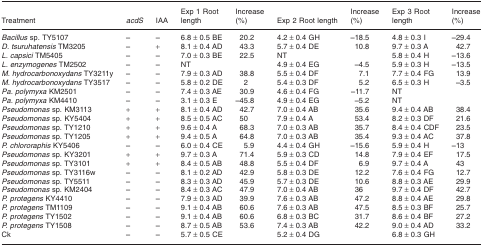
<table><thead><tr><td><b>Treatment</b></td><td><b><i>acdS</i></b></td><td><b>IAA</b></td><td><b>Exp 1 Root length</b></td><td><b>Increase (%)</b></td><td><b>Exp 2 Root length</b></td><td><b>Increase (%)</b></td><td><b>Exp 3 Root length</b></td><td><b>Increase (%)</b></td></tr></thead><tbody><tr><td><i>Bacillus</i> sp. TY5107</td><td><b>−</b></td><td><b>−</b></td><td>6.8 ± 0.5 BE</td><td>20.2</td><td>4.2 ± 0.4 GH</td><td><b>−</b>18.5</td><td>4.8 ± 0.3 I</td><td><b>−</b>29.4</td></tr><tr><td><i>D. tsuruhatensis</i> TM3205</td><td><b>−</b></td><td>+</td><td>8.1 ± 0.4 AD</td><td>43.3</td><td>5.7 ± 0.4 DE</td><td>10.8</td><td>9.7 ± 0.3 A</td><td>42.7</td></tr><tr><td><i>L. capsici</i> TM5405</td><td><b>−</b></td><td><b>−</b></td><td>7.0 ± 0.3 BE</td><td>22.5</td><td>NT</td><td></td><td>5.8 ± 0.4 H</td><td><b>−</b>13.6</td></tr><tr><td><i>L. enzymogenes</i> TM2502</td><td><b>−</b></td><td><b>−</b></td><td>NT</td><td></td><td>4.9 ± 0.4 EG</td><td><b>−</b>4.5</td><td>5.9 ± 0.3 H</td><td><b>−</b>13.5</td></tr><tr><td><i>M. hydrocarbonoxydans</i> TY3211y</td><td><b>−</b></td><td><b>−</b></td><td>7.9 ± 0.3 AD</td><td>38.8</td><td>5.5 ± 0.4 DF</td><td>7.1</td><td>7.7 ± 0.4 FG</td><td>13.9</td></tr><tr><td><i>M. hydrocarbonoxydans</i> TY3517</td><td><b>−</b></td><td><b>−</b></td><td>5.8 ± 0.2 DE</td><td>2</td><td>5.4 ± 0.3 DF</td><td>5.2</td><td>6.5 ± 0.3 H</td><td><b>−</b>3.5</td></tr><tr><td><i>Pa. polymyxa</i> KM2501</td><td><b>−</b></td><td><b>−</b></td><td>7.4 ± 0.3 AE</td><td>30.9</td><td>4.6 ± 0.4 FG</td><td><b>−</b>11.7</td><td>NT</td><td></td></tr><tr><td><i>Pa. polymyxa</i> KM4410</td><td><b>−</b></td><td><b>−</b></td><td>3.1 ± 0.3 E</td><td><b>−</b>45.8</td><td>4.9 ± 0.4 EG</td><td><b>−</b>5.2</td><td>NT</td><td></td></tr><tr><td><i>Pseudomonas</i> sp. KM3113</td><td>+</td><td>+</td><td>8.1 ± 0.4 AD</td><td>42.7</td><td>7.0 ± 0.4 AB</td><td>35.6</td><td>9.4 ± 0.4 AB</td><td>38.4</td></tr><tr><td><i>Pseudomonas</i> sp. KY5404</td><td>+</td><td>+</td><td>8.5 ± 0.5 AC</td><td>50</td><td>7.9 ± 0.4 A</td><td>53.4</td><td>8.2 ± 0.3 DF</td><td>21.6</td></tr><tr><td><i>Pseudomonas</i> sp. TY1210</td><td>+</td><td>+</td><td>9.6 ± 0.4 A</td><td>68.3</td><td>7.0 ± 0.3 AB</td><td>35.7</td><td>8.4 ± 0.4 CDF</td><td>23.5</td></tr><tr><td><i>Pseudomonas</i> sp. TY1205</td><td>+</td><td>+</td><td>9.4 ± 0.5 A</td><td>64.8</td><td>7.0 ± 0.3 AB</td><td>35.4</td><td>9.3 ± 0.4 AC</td><td>37.8</td></tr><tr><td><i>P. chlororaphis</i> KY5406</td><td><b>−</b></td><td><b>−</b></td><td>6.0 ± 0.4 CE</td><td>5.9</td><td>4.4 ± 0.4 GH</td><td><b>−</b>15.6</td><td>5.9 ± 0.4 H</td><td><b>−</b>13</td></tr><tr><td><i>Pseudomonas</i> sp. KY3201</td><td>+</td><td>+</td><td>9.7 ± 0.3 A</td><td>71.4</td><td>5.9 ± 0.3 CD</td><td>14.8</td><td>7.9 ± 0.4 EF</td><td>17.5</td></tr><tr><td><i>Pseudomonas</i> sp. TY3101</td><td>+</td><td>+</td><td>8.4 ± 0.5 AB</td><td>48.8</td><td>5.5 ± 0.4 DF</td><td>6.9</td><td>9.7 ± 0.4 A</td><td>43</td></tr><tr><td><i>Pseudomonas</i> sp. TY3116w</td><td><b>−</b></td><td><b>−</b></td><td>8.1 ± 0.2 AD</td><td>42.9</td><td>5.8 ± 0.3 DE</td><td>12.2</td><td>7.6 ± 0.4 FG</td><td>12.7</td></tr><tr><td><i>Pseudomonas</i> sp. TY5511</td><td><b>−</b></td><td><b>−</b></td><td>8.3 ± 0.3 AD</td><td>45.9</td><td>5.7 ± 0.3 DE</td><td>10.6</td><td>8.8 ± 0.3 AE</td><td>29.9</td></tr><tr><td><i>Pseudomonas</i> sp. KM2404</td><td><b>−</b></td><td><b>−</b></td><td>8.4 ± 0.3 AC</td><td>47.9</td><td>7.0 ± 0.4 AB</td><td>36</td><td>9.7 ± 0.4 DF</td><td>42.7</td></tr><tr><td><i>P. protegens</i> KY4410</td><td><b>−</b></td><td><b>−</b></td><td>7.9 ± 0.3 AD</td><td>39.9</td><td>7.6 ± 0.3 AB</td><td>47.2</td><td>8.8 ± 0.4 AE</td><td>29.8</td></tr><tr><td><i>P. protegens</i> TM1109</td><td><b>−</b></td><td><b>−</b></td><td>9.1 ± 0.4 AB</td><td>60.6</td><td>7.6 ± 0.3 AB</td><td>47.5</td><td>8.5 ± 0.3 BF</td><td>25.7</td></tr><tr><td><i>P. protegens</i> TY1502</td><td><b>−</b></td><td><b>−</b></td><td>9.1 ± 0.4 AB</td><td>60.6</td><td>6.8 ± 0.3 BC</td><td>31.7</td><td>8.6 ± 0.4 BF</td><td>27.2</td></tr><tr><td><i>P. protegens</i> TY1508</td><td><b>−</b></td><td><b>−</b></td><td>8.7 ± 0.5 AB</td><td>53.6</td><td>7.4 ± 0.3 AB</td><td>42.2</td><td>9.0 ± 0.4 AD</td><td>33.2</td></tr><tr><td>Ck</td><td><b>−</b></td><td><b>−</b></td><td>5.7 ± 0.5 CE</td><td></td><td>5.2 ± 0.4 DG</td><td></td><td>6.8 ± 0.3 GH</td><td></td></tr></tbody></table>